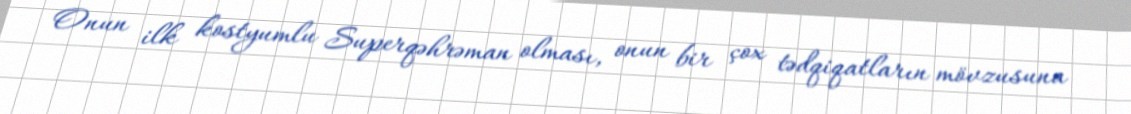
Onun ilk kostyumlu Superqəhrəman olması, onun bir çox tədqiqatların mövzusuna